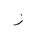
Letter: _thal